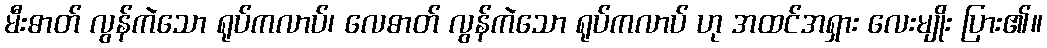
မီးဓာတ် လွန်ကဲသော ရုပ်ကလာပ်၊ လေဓာတ် လွန်ကဲသော ရုပ်ကလာပ် ဟု အထင်အရှား လေးမျိုး ပြား၏။